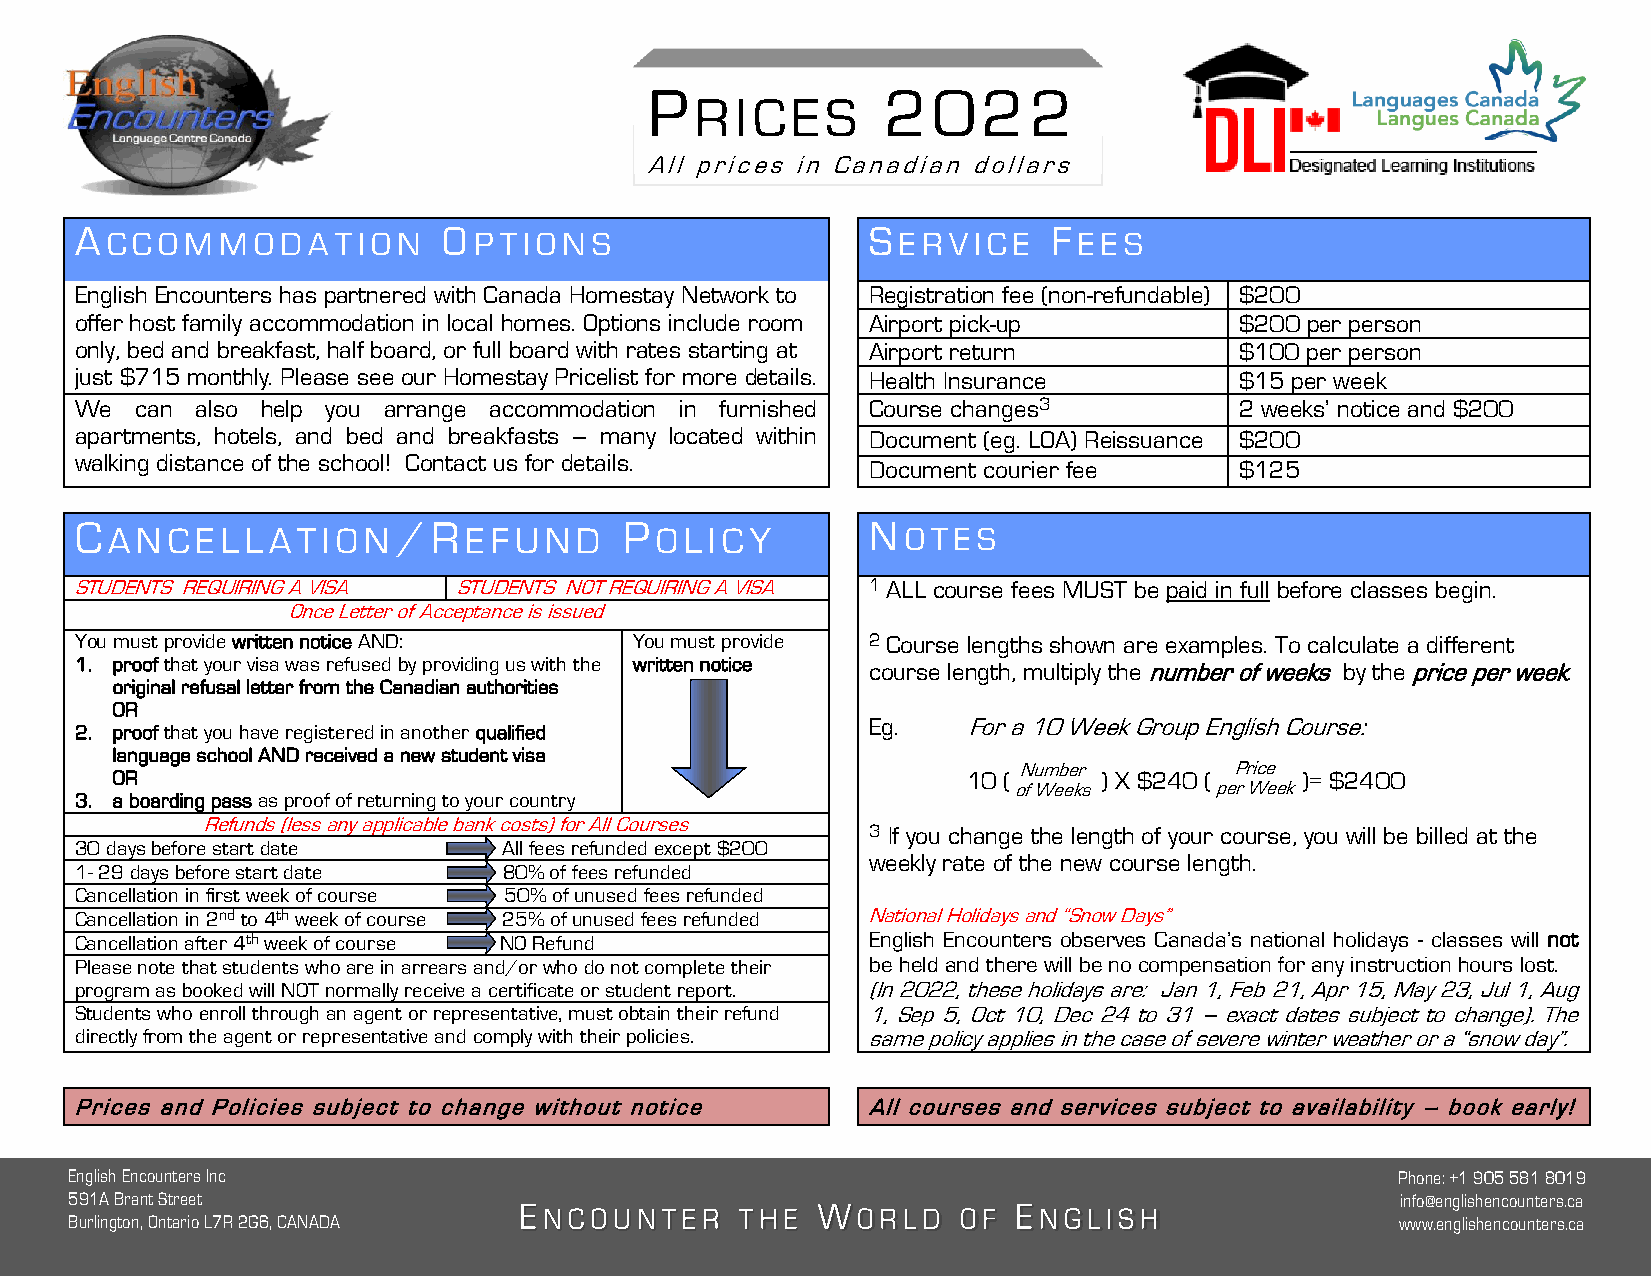
P               2  0  22
 R  IC ES
 All prices in Canadian dollars
 A                       O                            S           F
 C C OMMOD    ATION      P TIO N S                   ER  VIC E   E E S
 English Encounters has partnered with Canada Homestay Network to Registration fee (non-refundable) $200
 offer host family accommodation in local homes. Options include room Airport pick-up $200 per person
 only, bed and breakfast, half board, or full board with rates starting at Airport return $100 per person
 just $715 monthly. Please see our Homestay Pricelist for more details. Health Insurance $15 per week
 We  can also help you arrange accommodation in furnished Course changes3     2 weeks’ notice and $200
 apartments, hotels, and bed and breakfasts – many located within Document (eg. LOA) Reissuance $200
 walking distance of the school! Contact us for details.
 Document courier fee    $125
 C
 AN  CE  L L ATI ON
 /R
 E FU ND
 P
 OL  I CY
 N
 OT ES
 STUDENTS REQUIRING A VISA STUDENTS NOT REQUIRING A VISA 1 ALL course fees MUST be paid in full before classes begin.
 Once Letter of Acceptance is issued
 You must provide written notice AND: You must provide 2 Course lengths shown are examples. To calculate a different
 1. proof that your visa was refused by providing us with the written notice course length, multiply the number of weeks by the price per week.
 original refusal letter from the Canadian authorities
 OR
 Eg.   For a 10 Week Group English Course:
 2. proof that you have registered in another qualified
 language school AND received a new student visa
 Number         Price
 OR                                                       10 (     ) X $240 (   )= $2400
 of Weeks     per Week
 3. a boarding pass as proof of returning to your country
 Refunds (less any applicable bank costs) for All Courses
 3 If you change the length of your course, you will be billed at the
 30 days before start date   All fees refunded except $200
 weekly rate of the new course length.
 1- 29 days before start date 80% of fees refunded
 Cancellation in first week of course 50% of unused fees refunded
 Cancellation in 2nd to 4th week of course 25% of unused fees refunded National Holidays and “Snow Days”
 Cancellation after 4th week of course NO Refund      English Encounters observes Canada’s national holidays - classes will not
 Please note that students who are in arrears and/or who do not complete their be held and there will be no compensation for any instruction hours lost.
 program as booked will NOT normally receive a certificate or student report. (In 2022, these holidays are: Jan 1, Feb 21, Apr 15, May 23, Jul 1, Aug
 Students who enroll through an agent or representative, must obtain their refund 1, Sep 5, Oct 10, Dec 24 to 31 – exact dates subject to change). The
 directly from the agent or representative and comply with their policies. same policy applies in the case of severe winter weather or a “snow day”.
 Prices and Policies subject to change without notice All courses and services subject to availability – book early!
 English Encounters Inc                                                                  Phone: +1 905 581 8019
 591A Brant Street                                                                       info@englishencounters.ca
 Burlington, Ontario L7R 2G6, CANADA                                                     www.englishencounters.ca